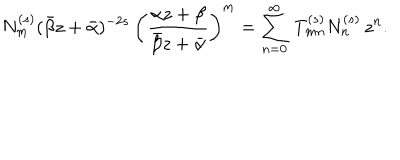
LaTeX: N _ { m } ^ { ( s ) } ( \bar { \beta } z + \bar { \alpha } ) ^ { - 2 s } \, \left( \frac { \alpha z + \beta } { \bar { \beta } z + \bar { \alpha } } \right) ^ { m } = \sum _ { n = 0 } ^ { \infty } \, T _ { m n } ^ { ( s ) } N _ { n } ^ { ( s ) } \, z ^ { n } .